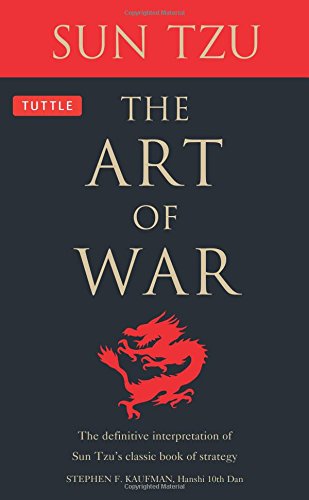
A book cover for The Art of War: The Definitive Interpretation of Sun Tzu's Classic Book of Strategy; Stephen F. Kaufman; Sports & Outdoors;